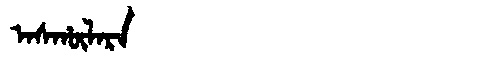
Manchu: ᠠᠰᡥᡡᠯᠠᡵᠠ
Romanization: ASHŪLARA